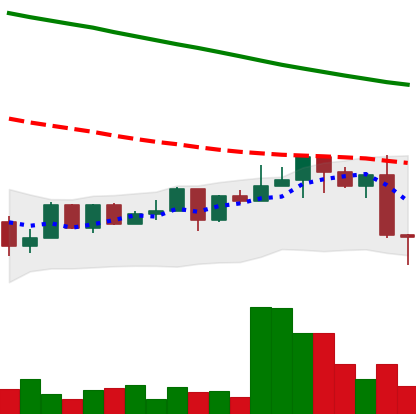
Ticker: NEO-USD
Chart end date: 2022-12-17
Forward return: -3.856%
Label: down_3_5